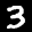
Label: 3